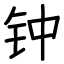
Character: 钟